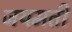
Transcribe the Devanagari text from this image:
जयमती